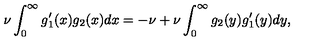
\nu \int _ { 0 } ^ { \infty } g _ { 1 } ^ { \prime } ( x ) g _ { 2 } ( x ) d x = - \nu + \nu \int _ { 0 } ^ { \infty } g _ { 2 } ( y ) g _ { 1 } ^ { \prime } ( y ) d y ,